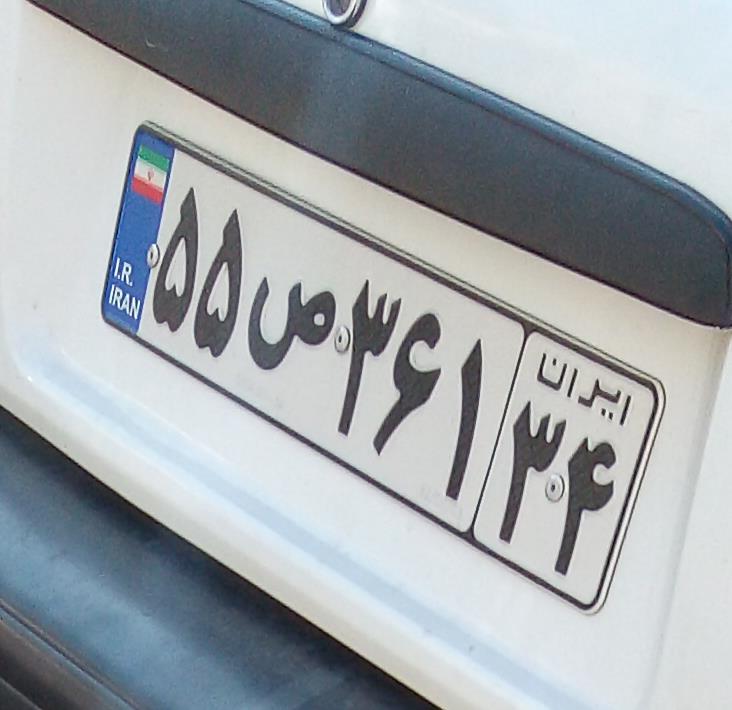
۵۵ص۳۶۱۳۴